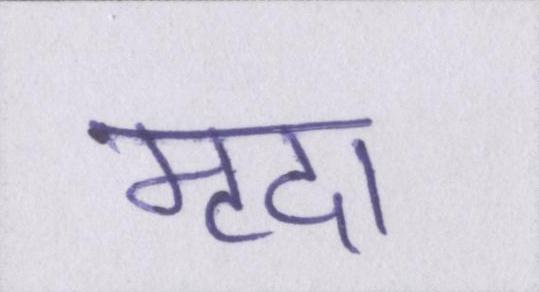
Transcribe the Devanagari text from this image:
मृदा